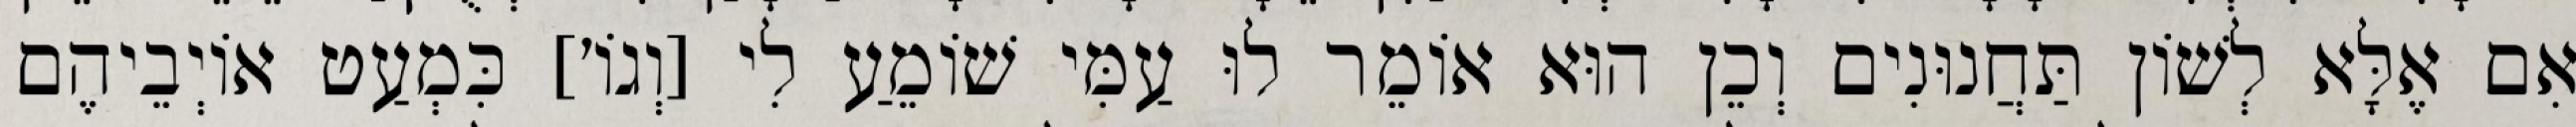
אִם אֶלָּא לְשׁוֹן תַּחֲנוּנִים וְכֵן הוּא אוֹמֵר לוּ עַמִּי שׁוֹמֵעַ לִי [וְגוֹ׳] כִּמְעַט אוֹיְבֵיהֶם